画像に写った文字を読んでください
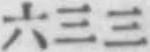
「六三三」と書いてあります